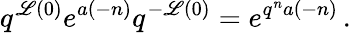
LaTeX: q^{\mathscr{L}(0)}e^{a(-n)}q^{-\mathscr{L}(0)}=e^{q^{n}a(-n)}\, .